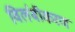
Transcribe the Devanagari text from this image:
विलंबीकरण